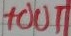
Text: +OUT